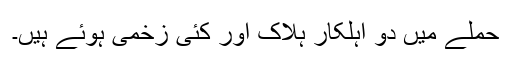
حملے میں دو اہلکار ہلاک اور کئی زخمی ہوئے ہیں۔